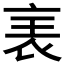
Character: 𧘦